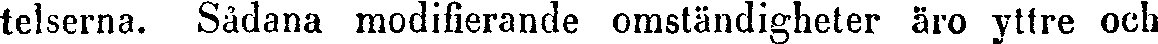
telserna. Sådana modifierande omständigheter äro yttre och